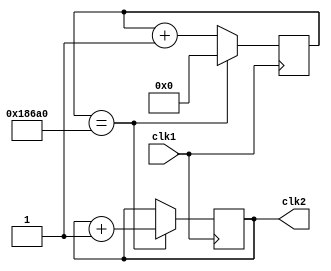
`timescale 1ns / 1ps


module buttonclk(
    input clk1,
    output clk2
    );
    reg tmp = 0;
    reg [$clog2(100000)-1:0] counter;
    always@(posedge clk1)begin
        if(counter==100000)begin
            tmp <= tmp + 1;
            counter <= 0;
        end
        else
            counter <= counter + 1;
    end
    assign clk2 = tmp;
endmodule